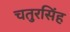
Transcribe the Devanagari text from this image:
चतुरसिंह